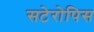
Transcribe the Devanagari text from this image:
सटेरोपिस